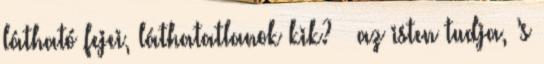
látható fejei, láthatatlanok kik? – az isten tudja, ’s